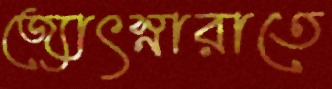
জ্যোৎস্নারাতে